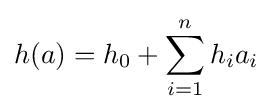
h(a)=h_{0}+\sum _{i=1}^{n}{h_{i}}{a_{i}}